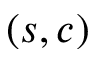
( s , c )